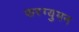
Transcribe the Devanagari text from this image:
फरग्युमन